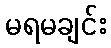
မရမချင်း